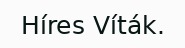
Híres Víták.